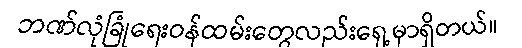
ဘဏ်လုံခြုံရေးဝန်ထမ်းတွေလည်းရှေ့မှာရှိတယ်။